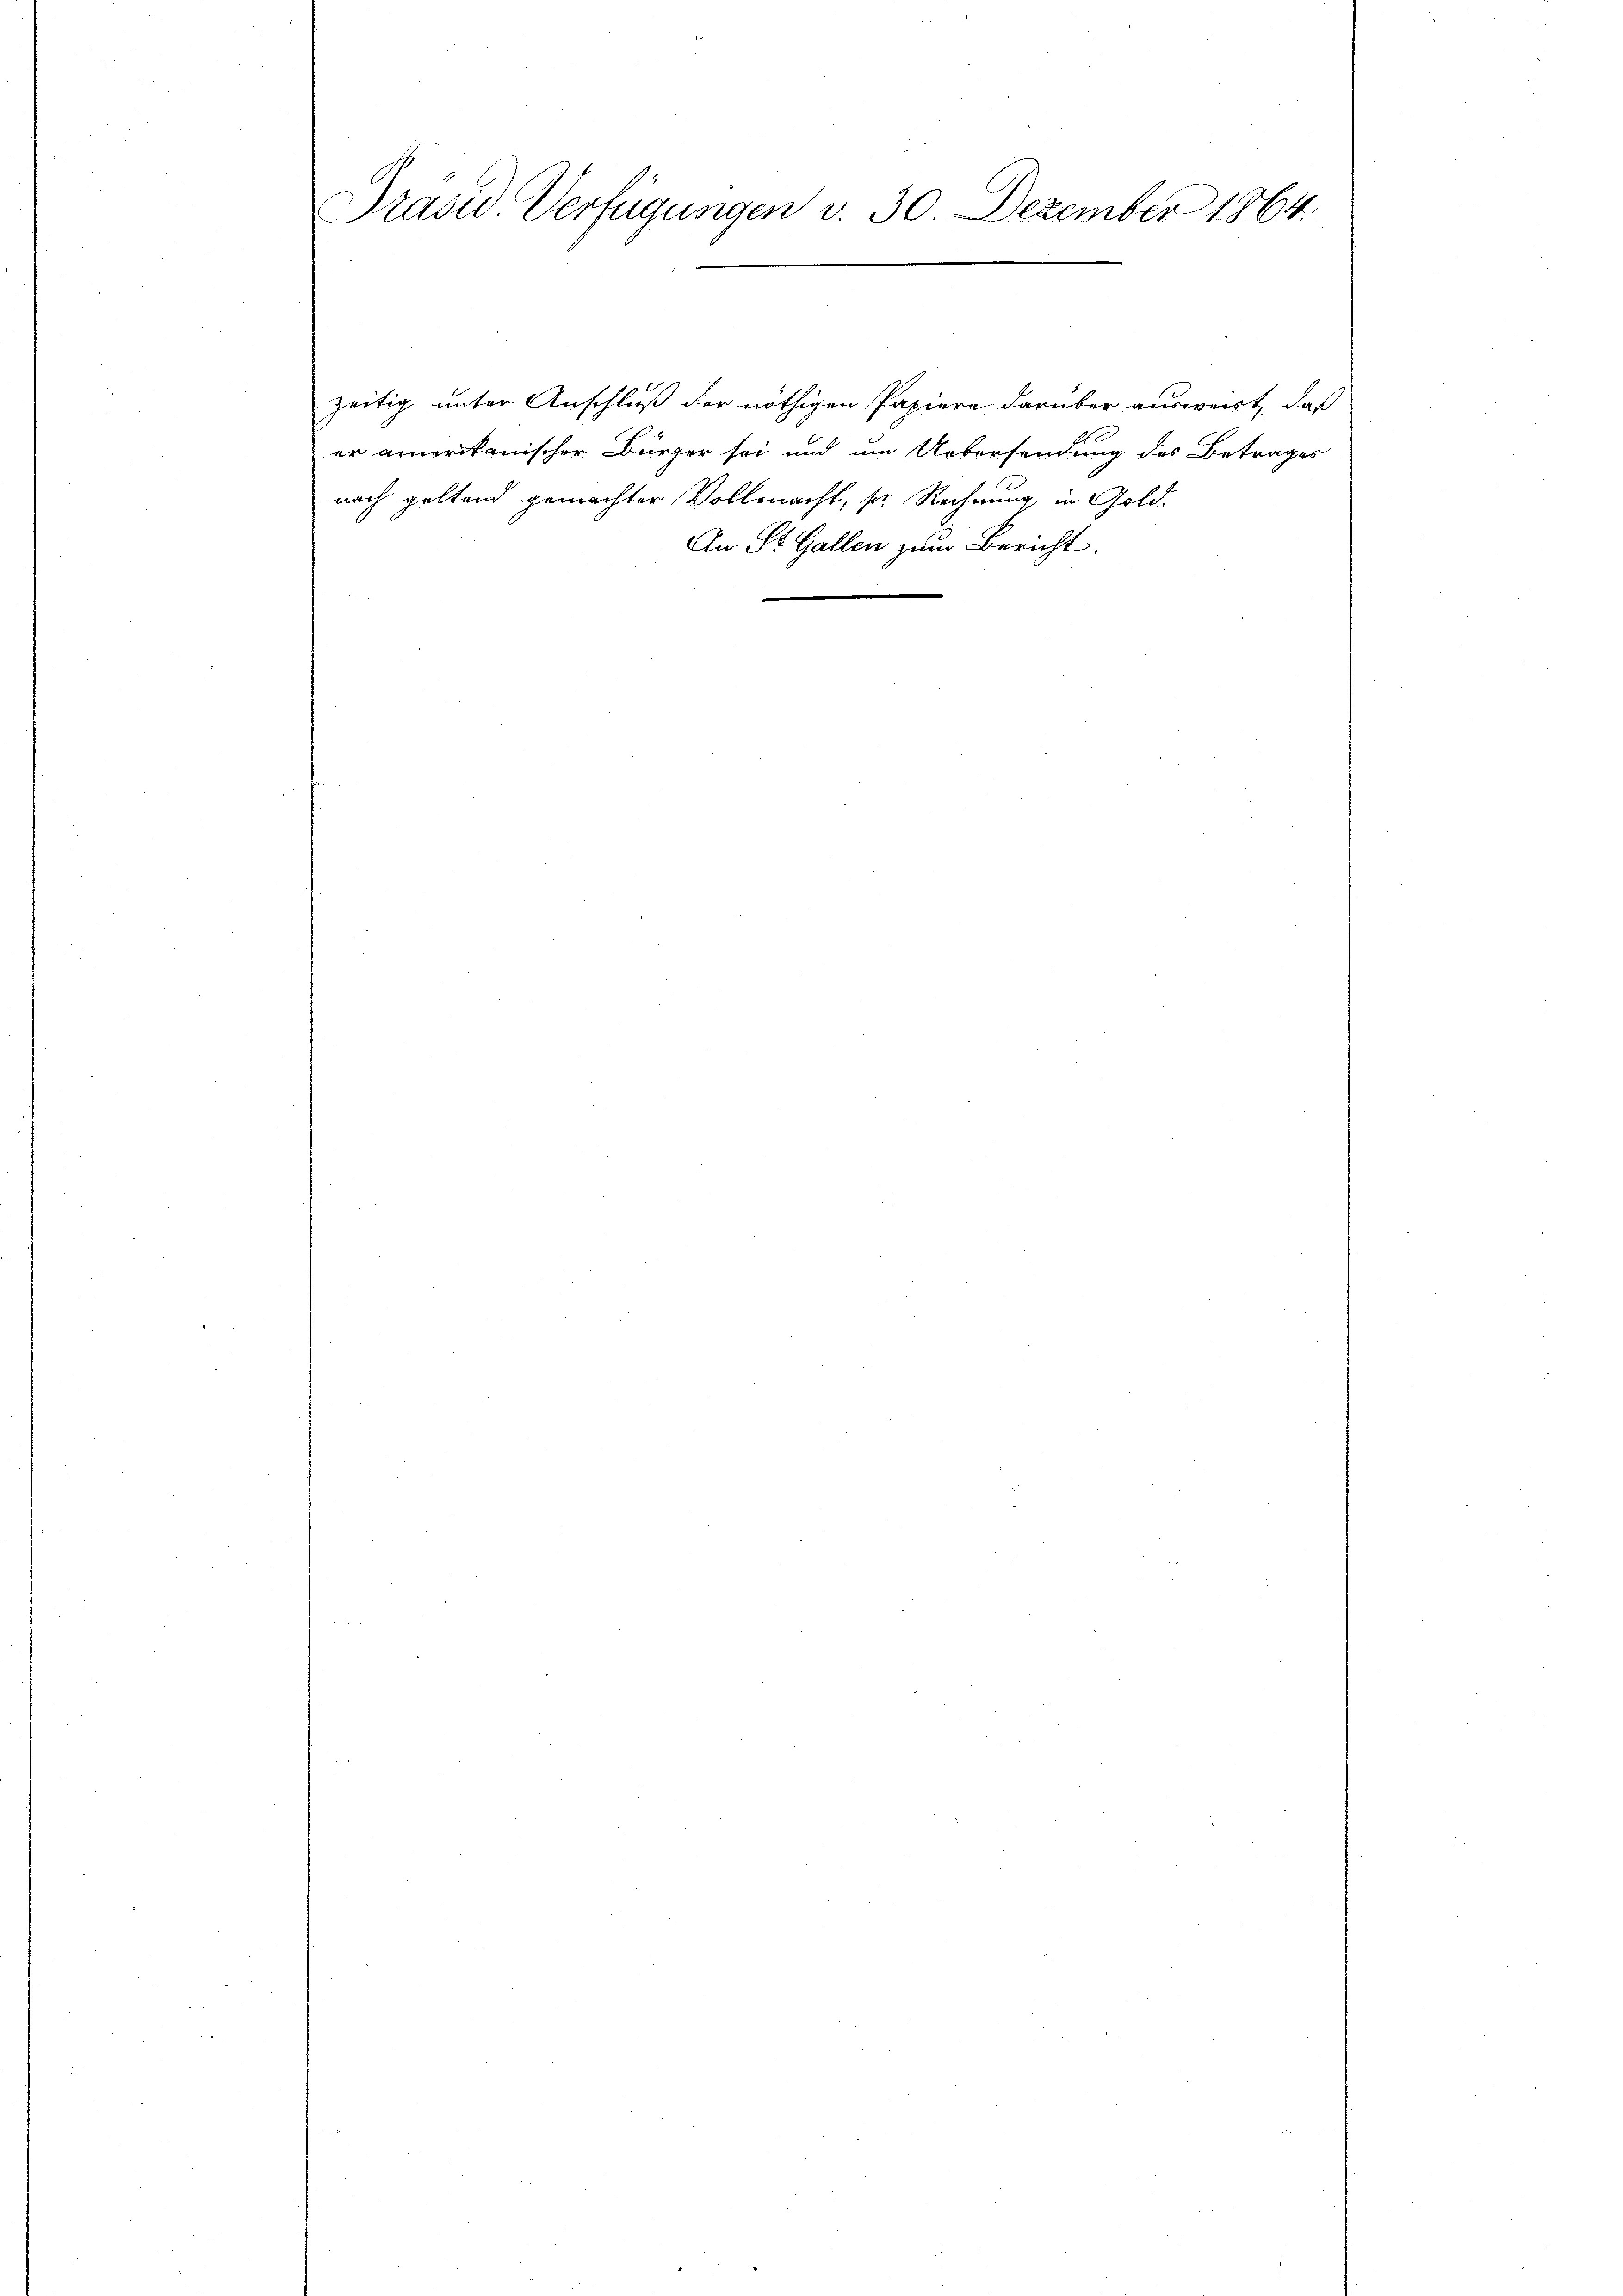
Präsid. Verfügungen d. 30. Dezember 1864
.

zeitig unter Anschluß der nöthigen Papiere darüber ausweist, daß
er amerikanischer Bürger sei und um Uebersendung des Betrages
nach geltend gemachter Vollmacht, sie Rechnung in Gold¬
An St. Gallen zum Bericht.